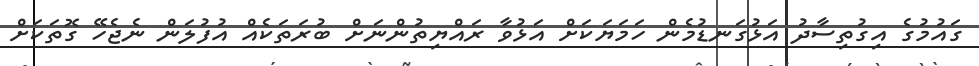
ގައުމުގެ އިގުތިސާދު އަޅުގަނޑުމެން ހަމަޔަކަށް އަޅުވާ ރައްޔިތުންނަށް ބުރަތަކެއް އުފުލަން ނެޖެހޭ ގޮތަކަށް